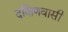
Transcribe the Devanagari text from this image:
दक्षिणवासी